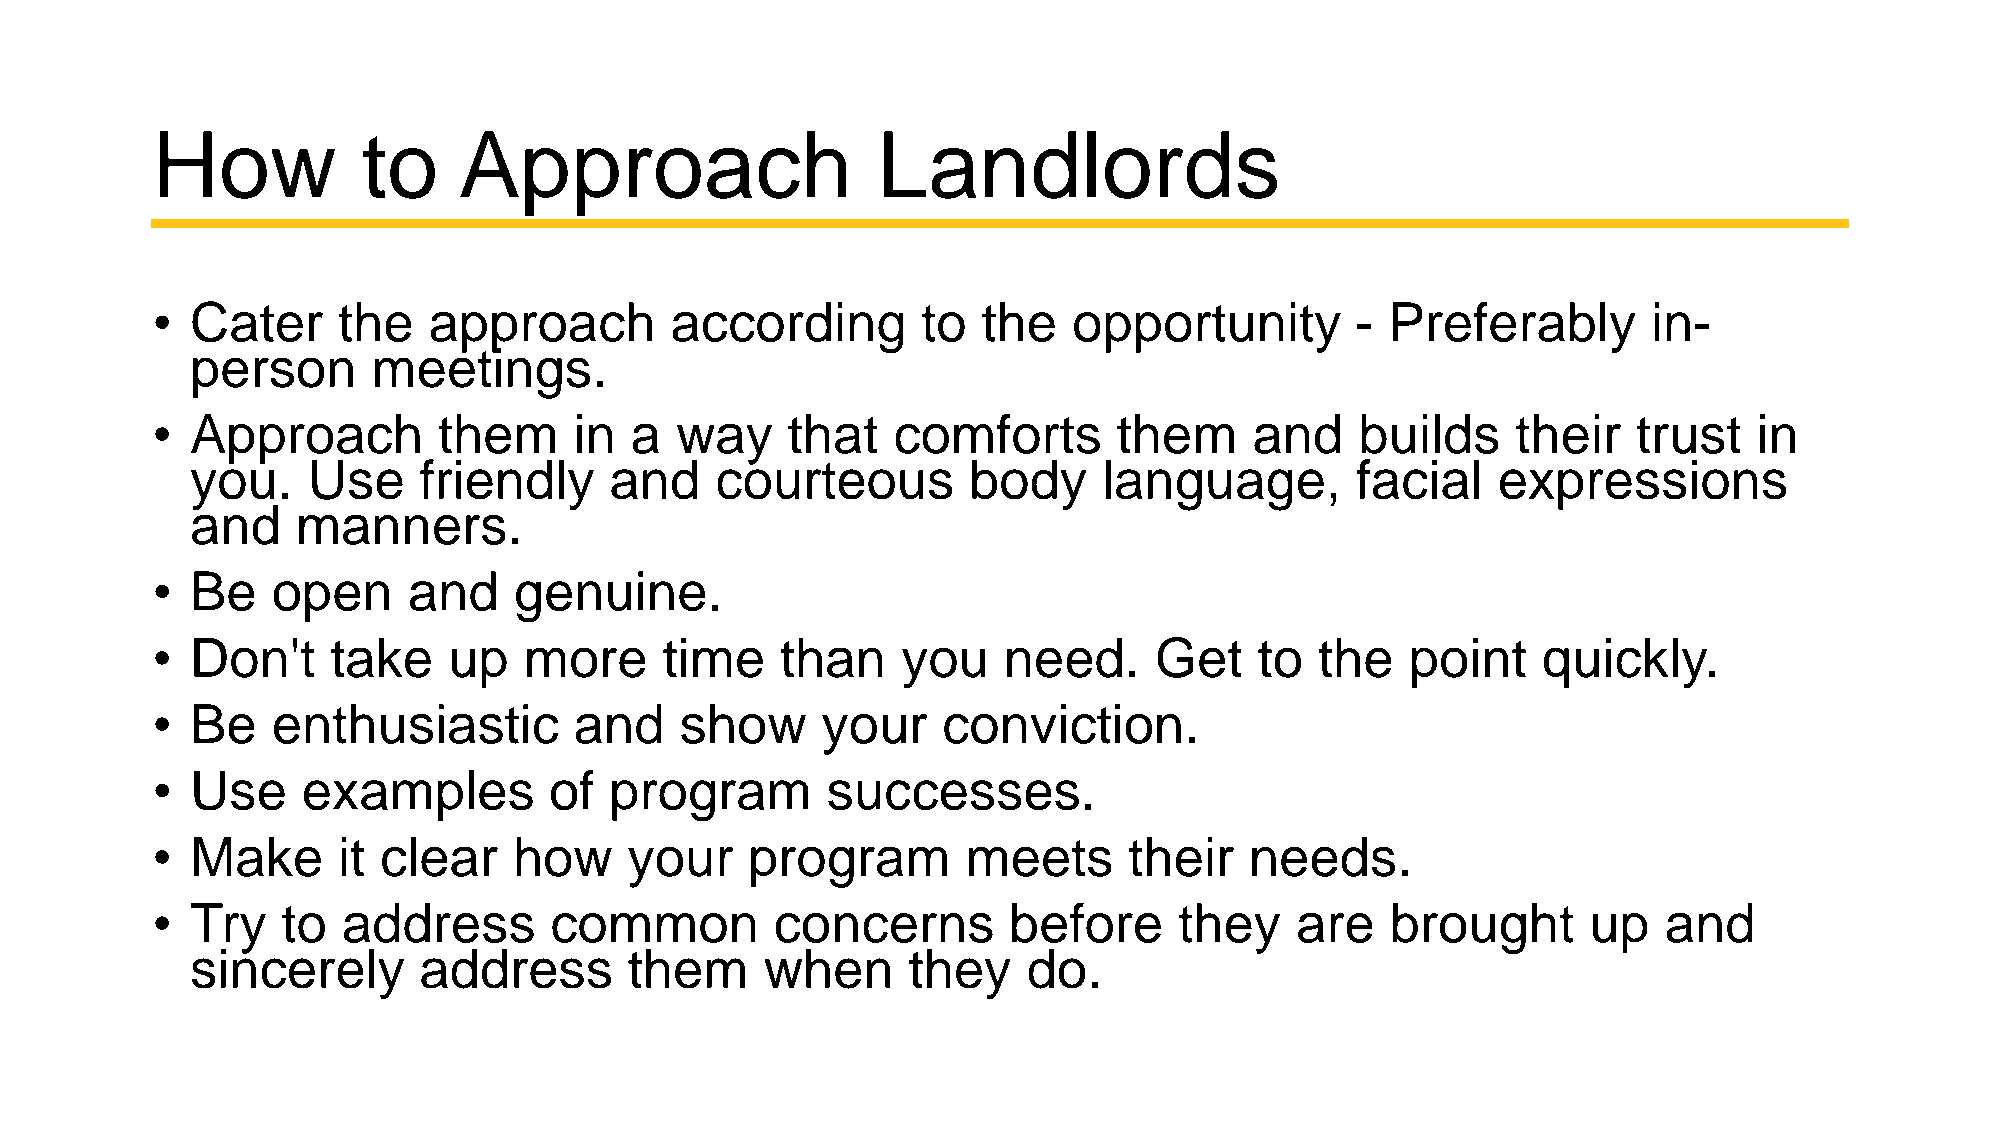
How           to    Approach                    Landlords
 •  Cater    the   approach        according        to  the   opportunity        - Preferably       in-
 person      meetings.
 •  Approach        them     in  a  way    that   comforts       them     and    builds    their   trust   in
 you.   Use     friendly    and    courteous        body     language,        facial   expressions
 and    manners.
 •  Be   open     and    genuine.
 •  Don't    take    up   more     time    than    you   need.     Get    to  the   point    quickly.
 •  Be   enthusiastic        and    show     your    conviction.
 •  Use    examples        of  program        successes.
 •  Make     it clear    how     your    program       meets      their   needs.
 •  Try   to  address      common         concerns        before     they    are   brought      up   and
 sincerely      address       them     when     they    do.